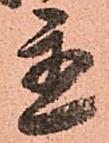
置